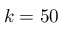
k = 5 0